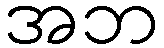
အဘ